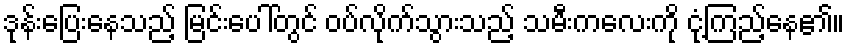
ဒုန်းပြေးနေသည့် မြင်းပေါ်တွင် ဝပ်လိုက်သွားသည့် သမီးကလေးကို ငုံ့ကြည့်နေ၏။